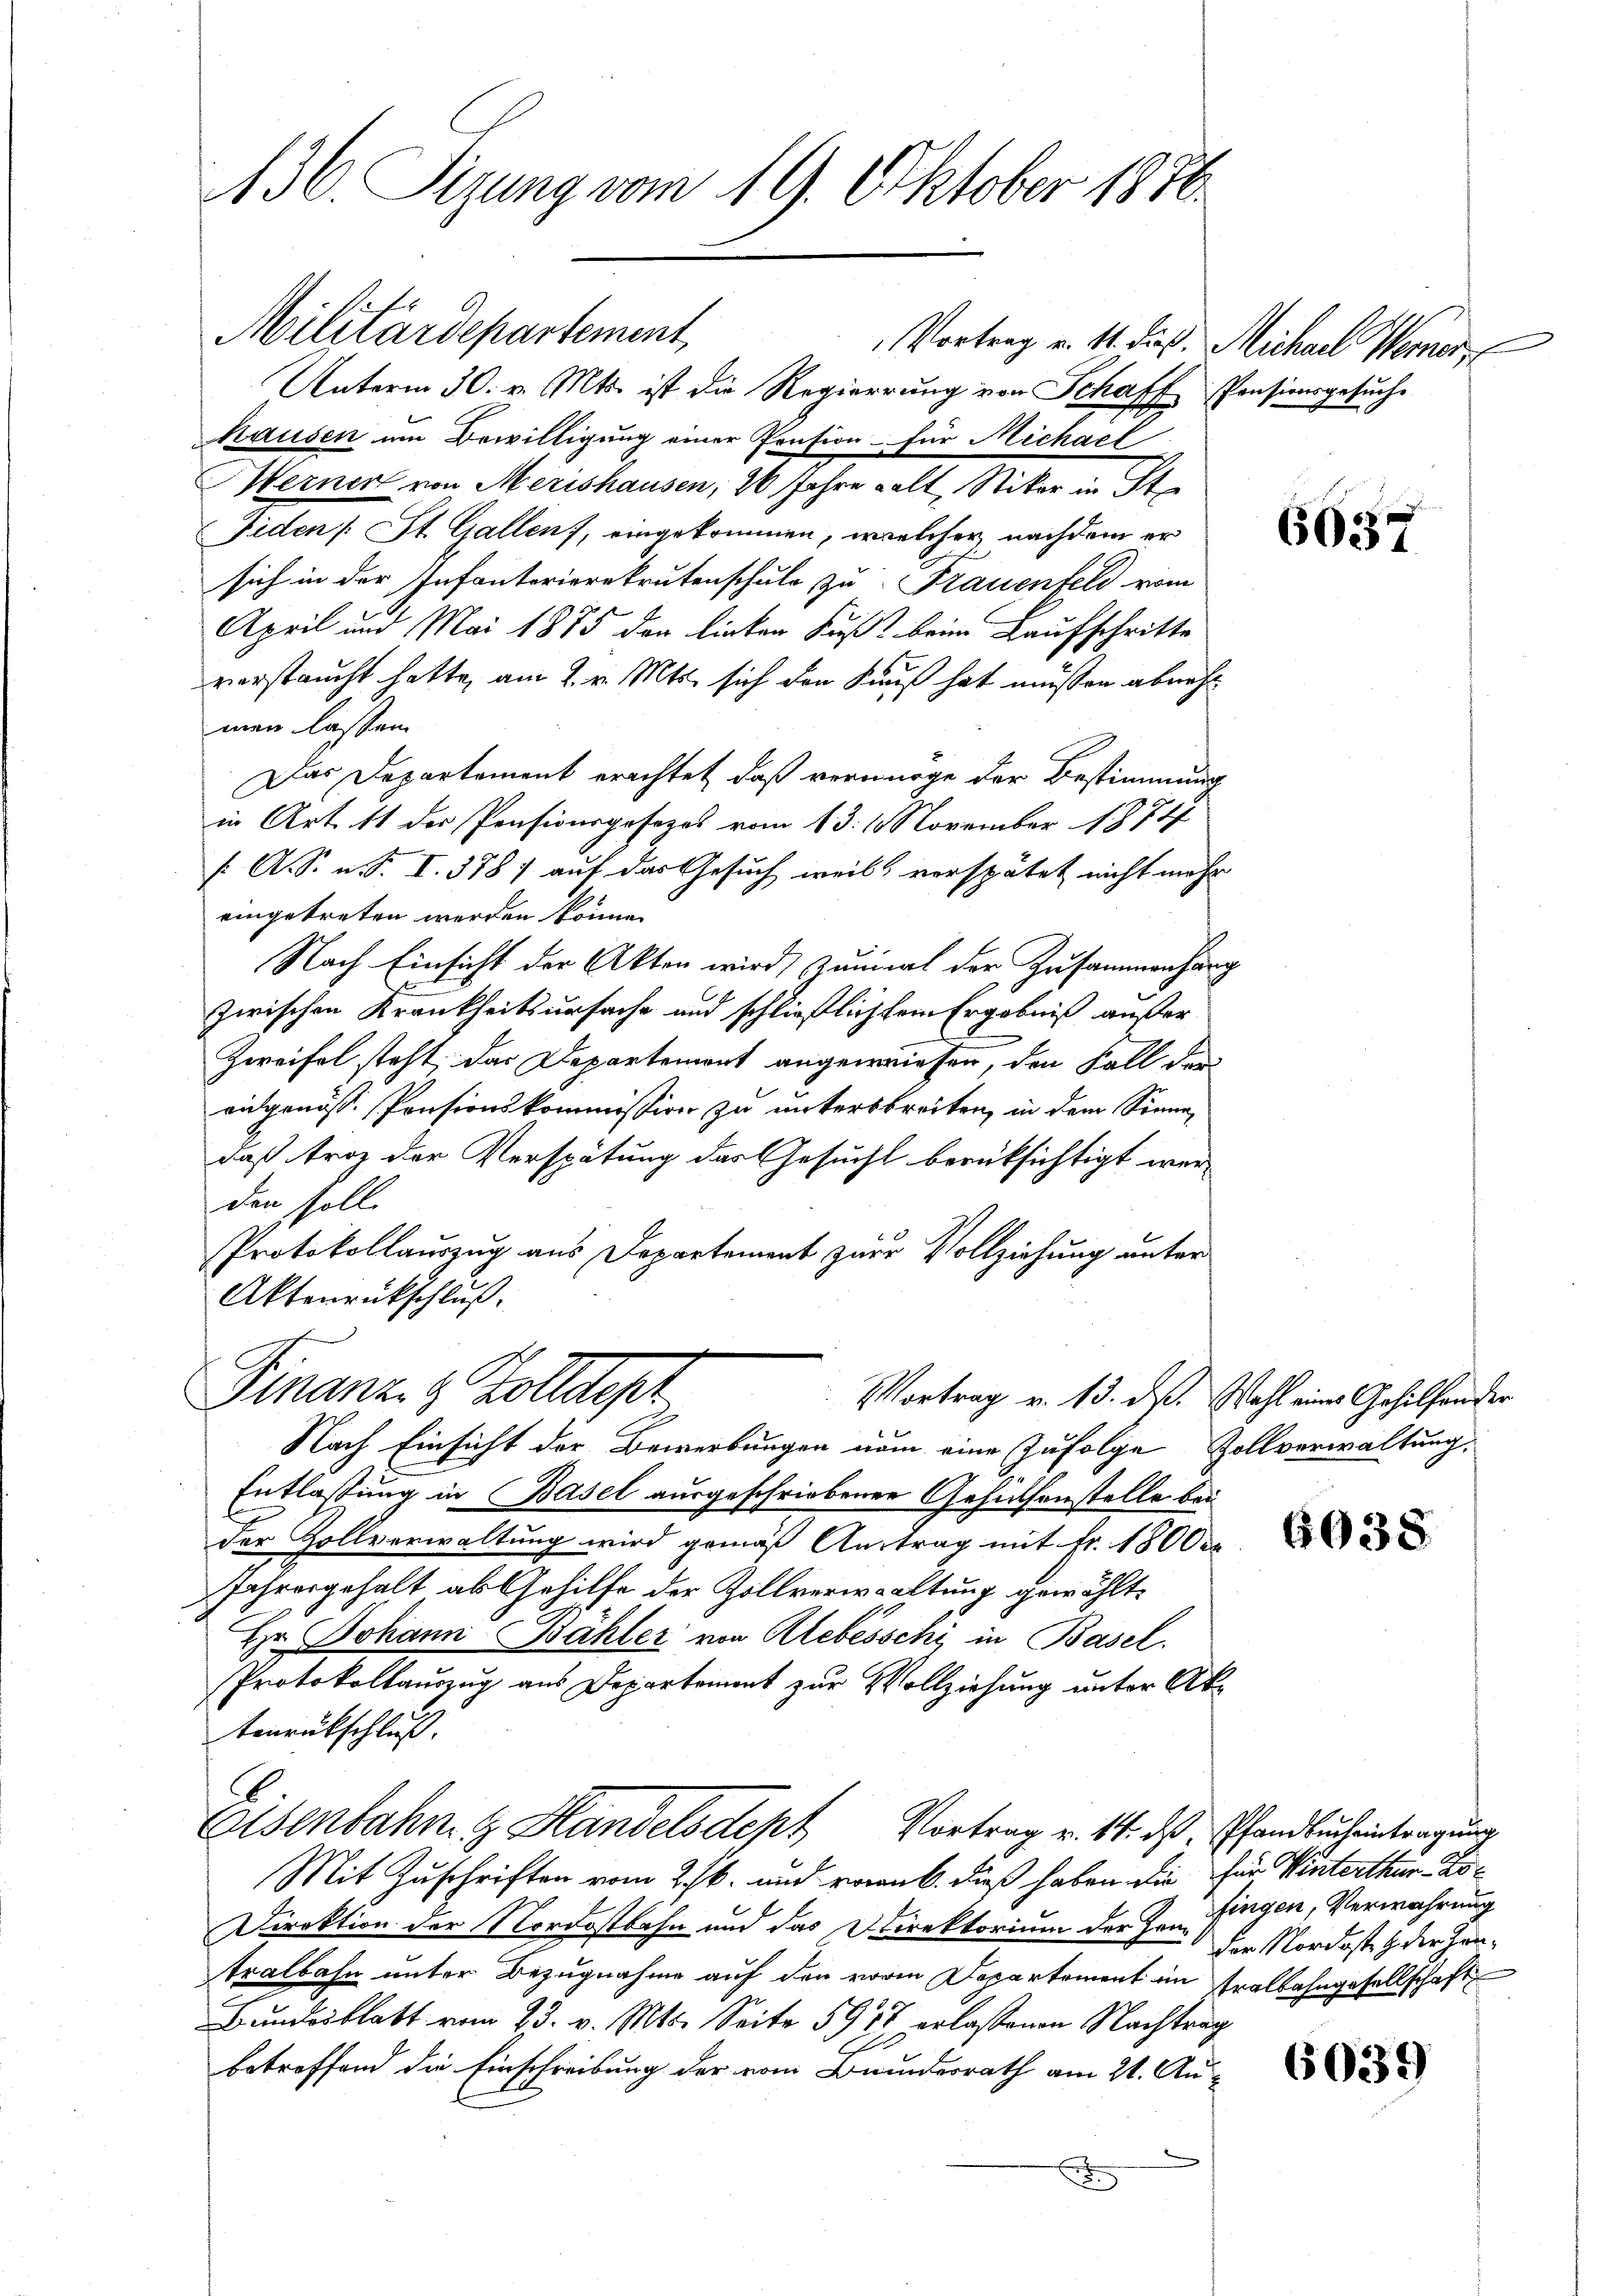
136. Sizung vom 19. Oktober 1876.

Militärdepartement

Vortrag u. 11. dieß. Michael Werner
Unterm 30. v. Mts. ist die Regierung von Schaff Pensionsgesŭche
Hausen um Bewilligung einer Pension für Michael
Merner von Merishausen, 20 Jahre kalt, Stiker in St
Fiden (: St. Gallen, eingekommen, welcher nachdem er
sich in der Infanterierekrutenschuld zu Frauenfeld vom
April und Mai 1875 der linken Fuß beim Laufschritte
verstaucht hatte, am 2. v. Mts. sich den Kauf hat müssen abnehm
men lassen
Das Departement erachtet, daß vermöge der Bestimmung
in Art. 11 der Pensionsgesezes vom 13. 1. November s. Z. 747
/. A. S. n. F. I. 3787 auf das Gesuch weils verspätet nicht mehr
eingetreten werden könne.
Nach Einsicht der Akten wird, zumal der Zusammenhäng
zwischen Krankheitsursache und schließlichtem Ergebniß außer
Zweifel steht, das Departement angewiesen, den Fall der
ausgenöss. Pensionskommission zu untersbreiten, in dem Sinne
daß troz der Verspätung das Gesucht berüksichtigt werden soll.
Protokollauszug aus Departement zur Vollziehung unter
Aktenrückschluß.

Finanz. & Zolldepa
Nach Einsicht der Bewerbungen num eine Zufolge Zollverwaltung,

Entlassung in Basel ausgeschriebenen Gehülfenstelle bei
der Zollverwaltung wird gemäß Auftrag mit Fr. 18000
Jahresgehalt ab Gehilfe der Zollverwaltung gewählt,
Hr. Johann Bähler von Alebésschi in Basel.
Protokollauszug aus Departement zur Vollziehung unter Aktenrutschluß.
Eisenbahn & Handelsdept Vortrag v. 14. das Pfandbucheintragung
Mit Zuschriften vom 2t. und von 6. dieß haben die für Winterthur Ko¬
Direktion der Nordostbahn und das Direktorium der Hrn. Fingen, Verwahrung
tralbahn unter Bezugnahme auf den vor Departement im Tralbahngesellschaft
Bundesblatt vom 23. v. Mts. Seite 5917 erlassenen Nachtrag
betreffend die Einschreibung der vom Bundesrath am 21. Au¬

2

6037

Vortrag v. 13. ds. Wahl eines Gehilfonder

6038

der Nordosten der Zeu¬

6031)